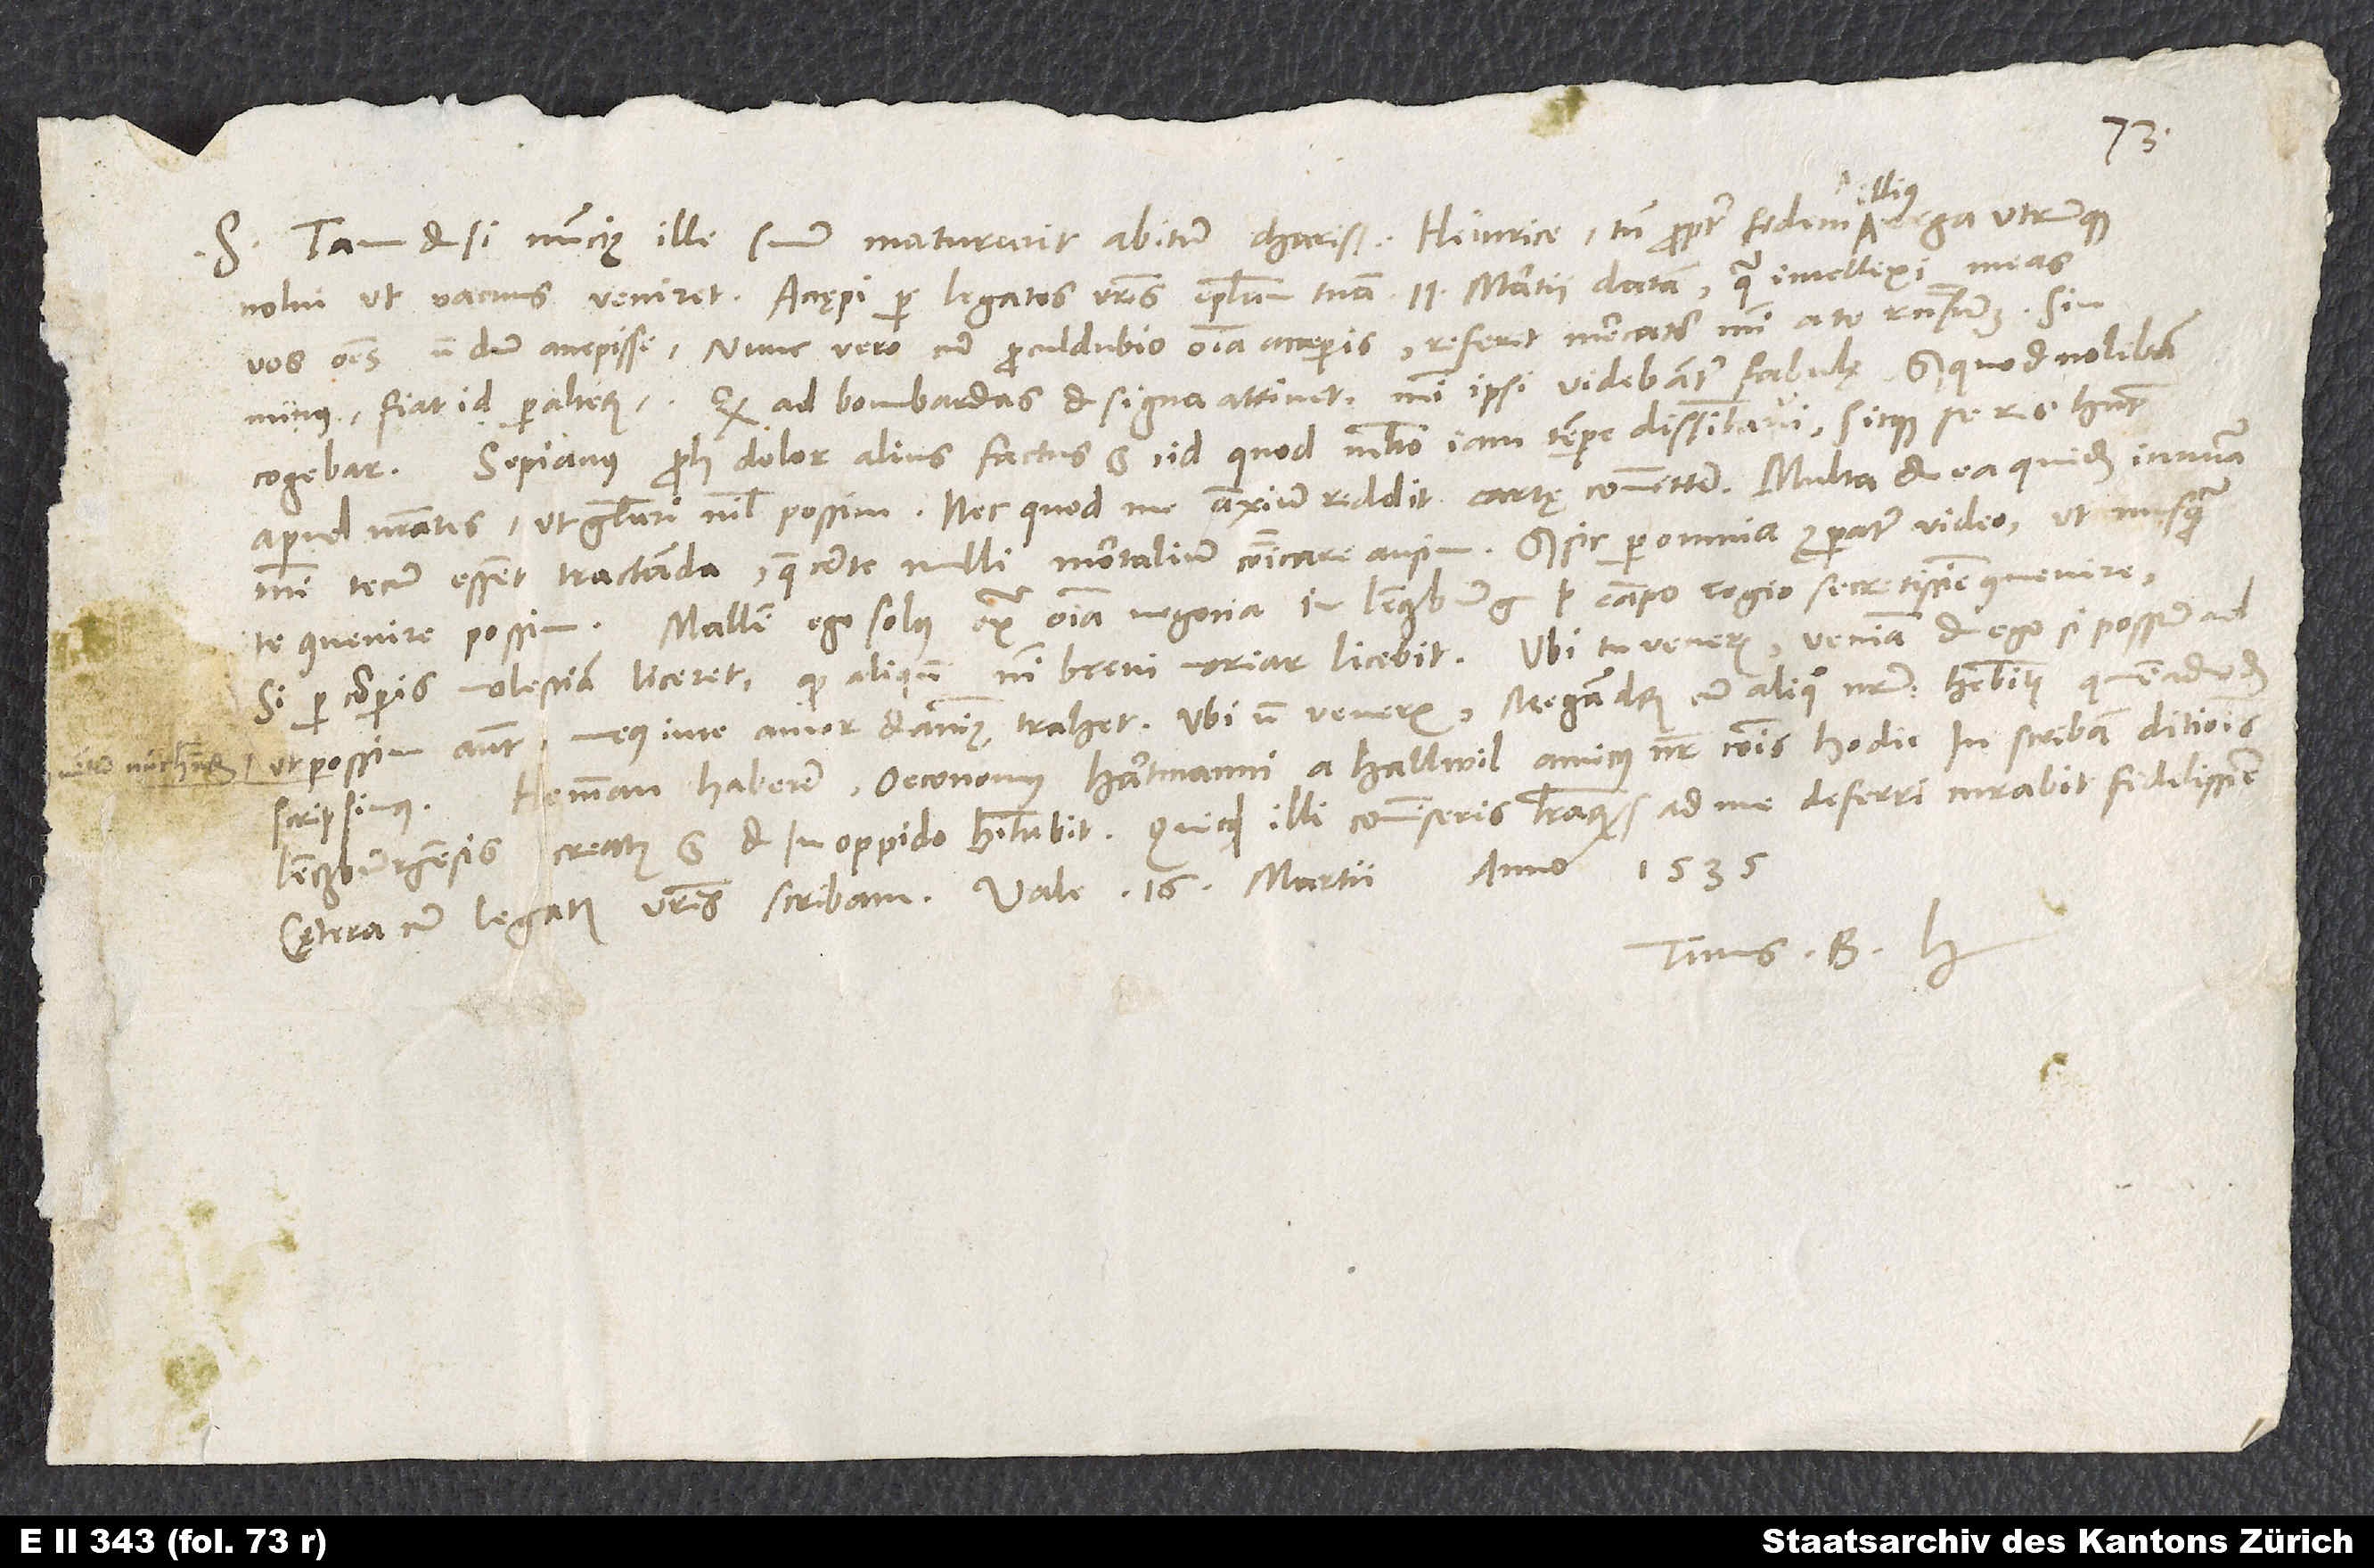
Tametsi nuncius ille suum maturarit abitum, charissime Heinrice, tamen propter fidem illius erga utrunque
S.
nolui, ut vacuus veniret. Accaepi per legatos vestros epistolam tuam 11. martii datam, qua intellexi meas
vos omnes nondum accepisse. Nunc vero, cum procul dubio omnia acceperis, referet mercator mihi a te responsum; sin
Quod ad bombardas et signa attinet, mihi ipsi videbantur fabulę, sed quod nolebam,
Sepianus proh dolor alius factus est, id quod multo iam tempore dissimulavi, sicque se res habent
mihi tecum essent tractanda, quae certe nulli mortalium communicare ausim. Sed sic per omnia comparatum video, ut nusquam
tecum convenire possim. Mallem ego solus extra omnia negocia in Lenczburg vel Campo Regio secretissime convenire,
si per corporis molestiam liceret, quod aliquando, nisi brevi moriar, licebit. Ubi tu veneris, veniam et ego, si possum, ad
ut possim autem, meus in te amor et animus trahet. Ubi non veneris, Megandrum cum aliquo nostrum habebitis, quemadmodum
Hemman Haberer, oeconomus Hartmanni a Hallwil, amicus noster communis, hodie in scribam ditionis
Lenczburgensis creatus est et in oppido habitabit. Quicquid illi commiseris literarum, ad me deferri curabit fidelissime.
1535.
Tuus B. H.